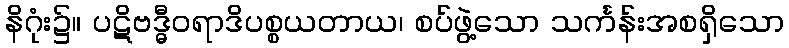
နိဂုံး၌။ ပဋိဗဒ္ဓီဝရာဒိပစ္စယတာယ၊ စပ်ဖွဲ့သော သင်္ကန်းအစရှိသော